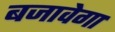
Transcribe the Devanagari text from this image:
बजावेगा